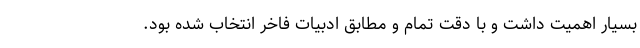
بسیار اهمیت داشت و با دقت تمام و مطابق ادبیات فاخر انتخاب شده بود.